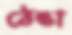
ঠেঙা